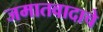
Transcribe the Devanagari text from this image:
जमातवादाचे